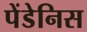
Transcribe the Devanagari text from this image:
पेंडेनिस